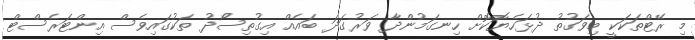
މި ރޭޓްތަކަކީ މިވަގުތު ދުޅަހެޔޮކޮށް ހިނގަމުންދާ ވަރުގަދަ ބައެއް އިގުތިސޯދު ތަކުގައިވެސް އިންޓަރެސްޓް